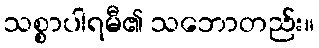
သစ္စာပါရမီ၏ သဘောတည်း။